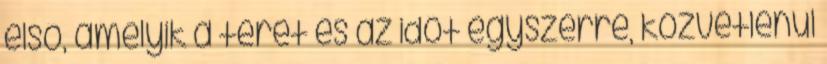
első, amelyik a teret és az időt egyszerre, közvetlenül